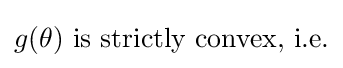
g(\theta ){\text{ is strictly convex, i.e.}}